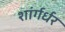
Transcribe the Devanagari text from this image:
शांर्गर्धर